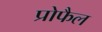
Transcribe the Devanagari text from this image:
प्रोफैल